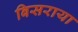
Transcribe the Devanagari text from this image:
बिसराया